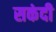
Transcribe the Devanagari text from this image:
सकंदी